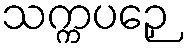
သက္ကပဉှေ